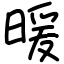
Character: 暖